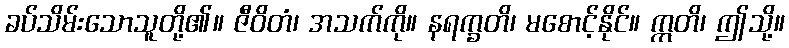
ခပ်သိမ်းသောသူတို့၏။ ဇီဝိတံ၊ အသက်ကို။ နရက္ခတိ၊ မစောင့်နိုင်။ ဣတိ၊ ဤသို့။